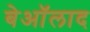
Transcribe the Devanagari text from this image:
बेऑलाद